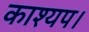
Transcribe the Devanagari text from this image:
काश्यप।